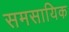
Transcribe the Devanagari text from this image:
समसायिक